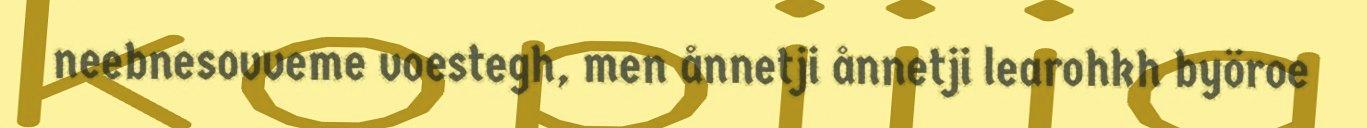
neebnesovveme voestegh, men ånnetji ånnetji learohkh byöroe